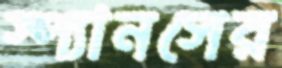
স্প্যানসের